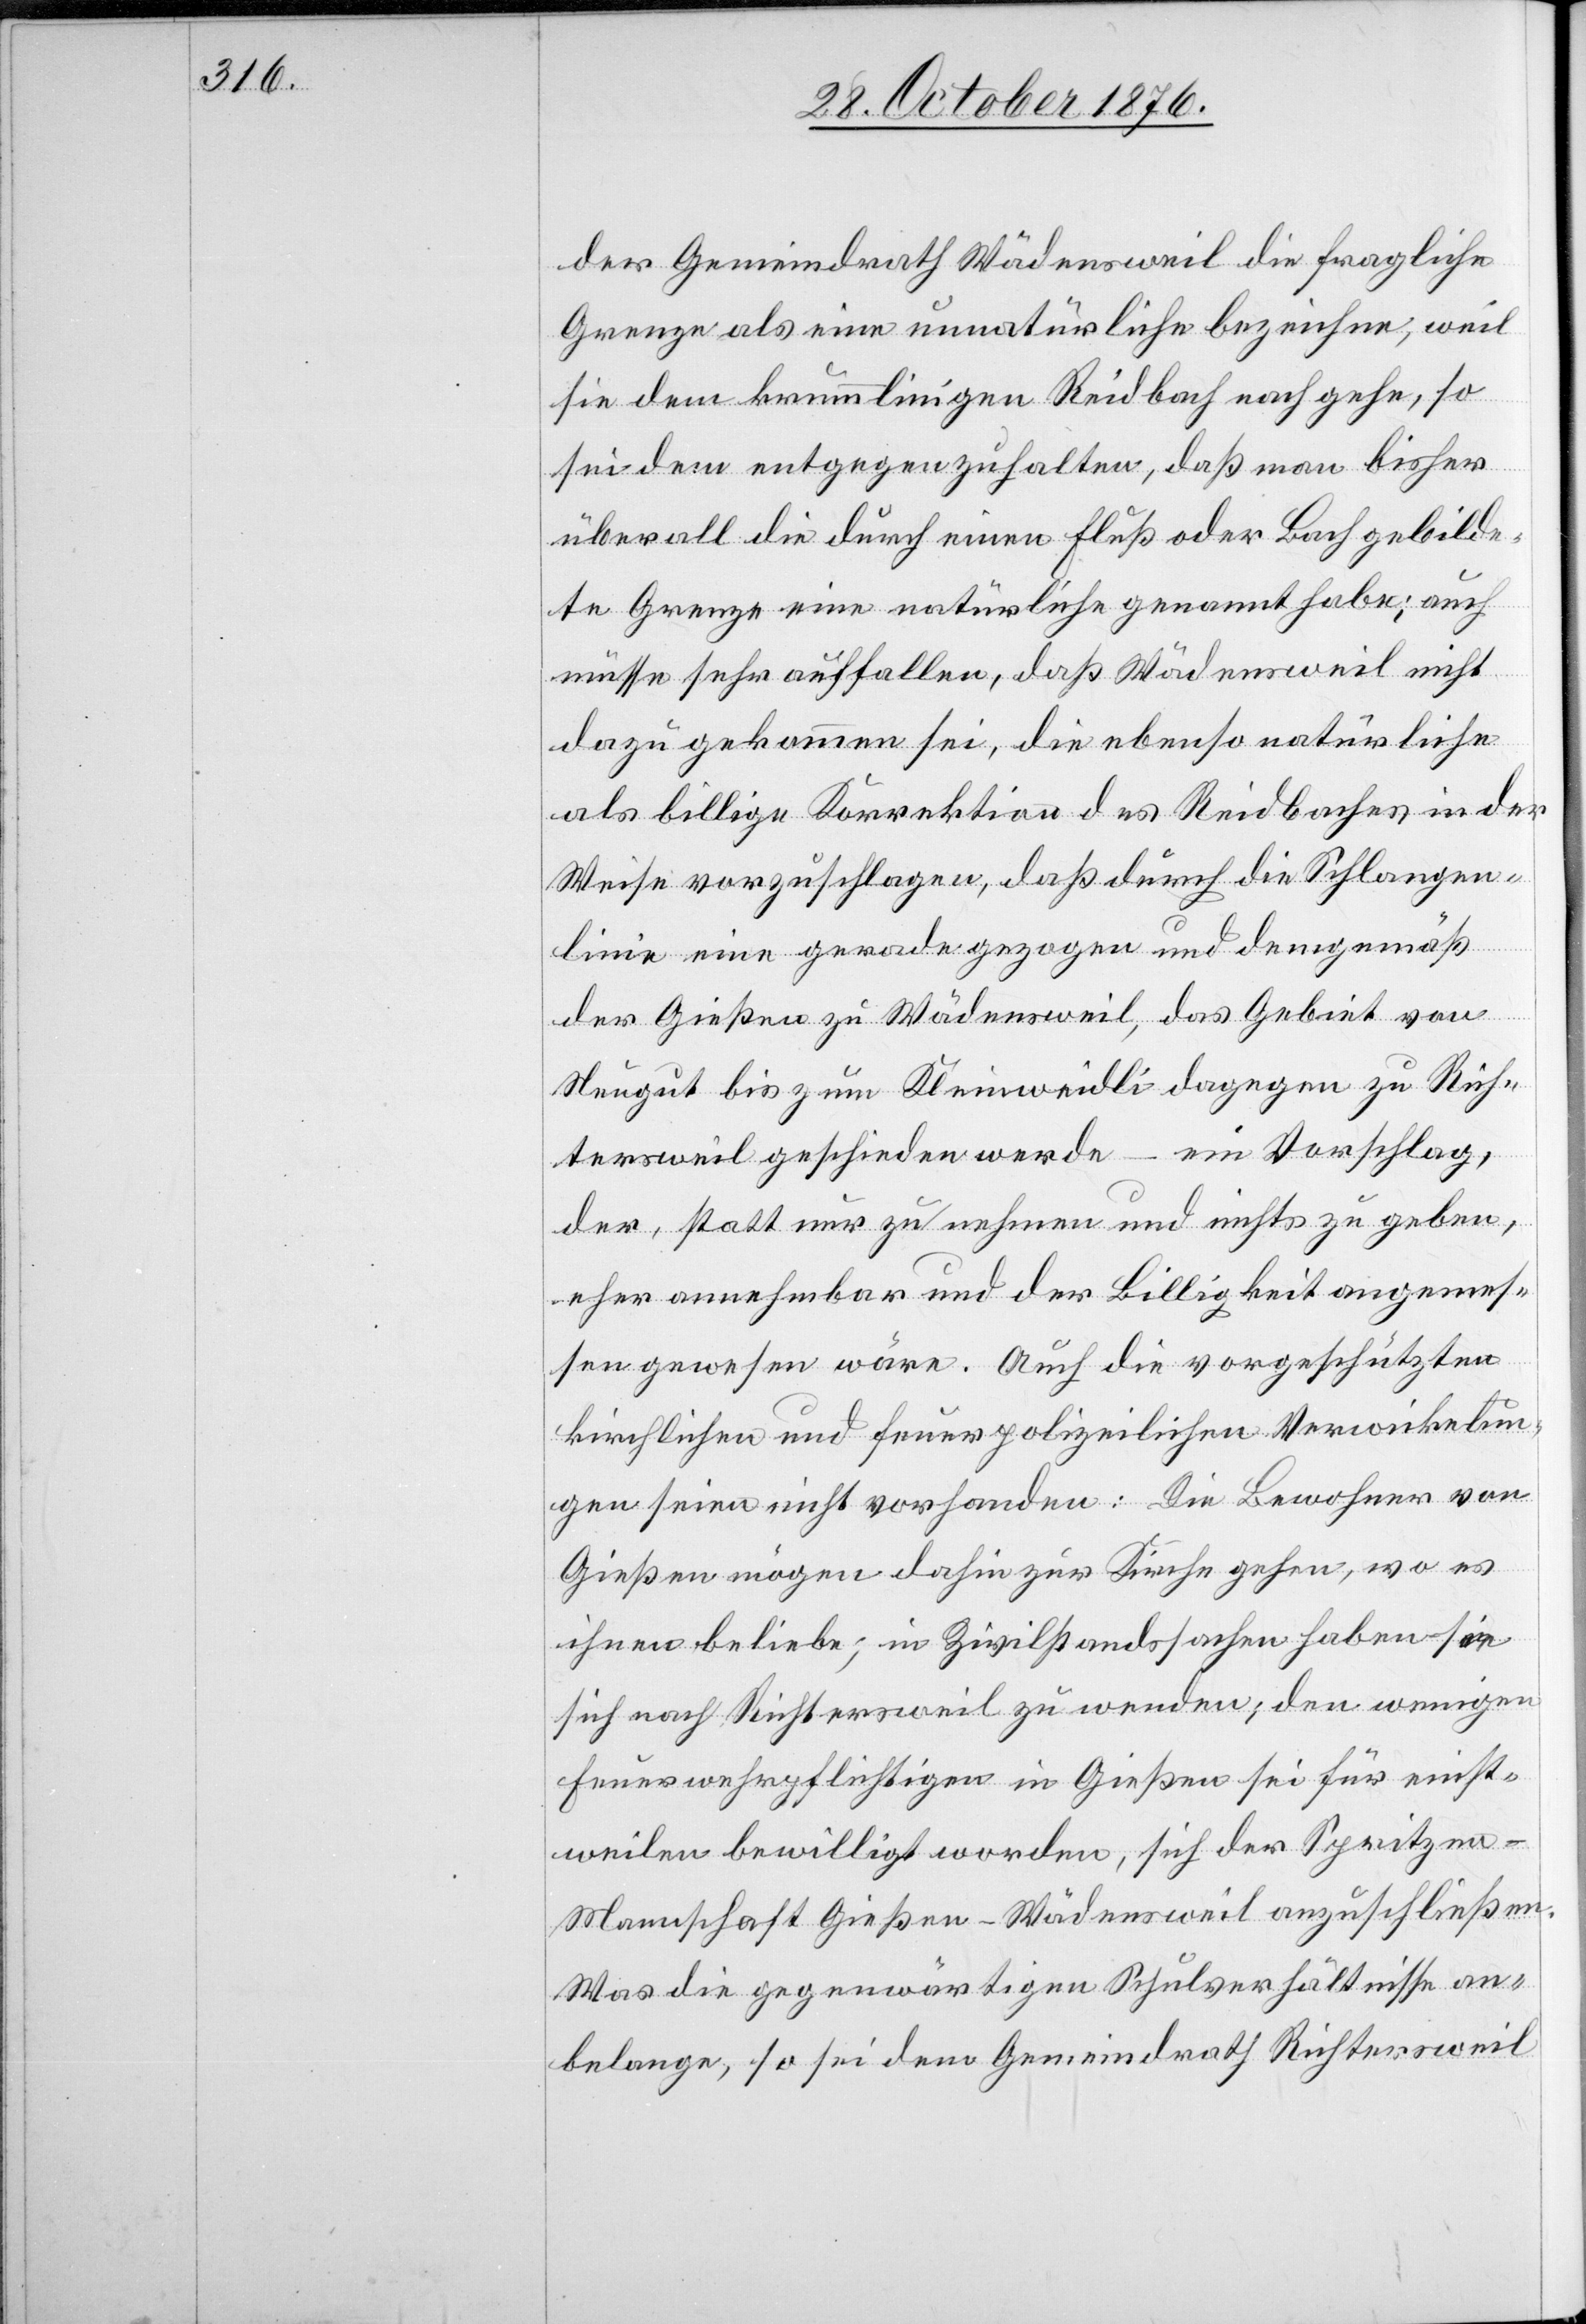
der Gemeindrath Wädensweil die fragliche
Grenze als eine unnatürliche bezeichne, weil
sie dem krummlinigen Reidbach nach gehe, so
sei dem entgegenzuhalten, daß man bisher
überall die durch einen Fluß oder Bach gebilde¬
te Grenze eine natürliche genannt habe; auch
müsse sehr auffallen, daß Wädensweil nicht
dazu gekommen sei, die ebenso natürliche
als billige Korrektion des Reidbaches in der
Weise vorzuschlagen, daß durch die Schlangen¬
linie eine gerade gezogen und demgemäß
der Gießen zu Wädensweil, das Gebiet von
Neugut bis zum Kleinweidli dagegen zu Rich¬
tersweil geschieden werde – ein Vorschlag,
der, statt nur zu nehmen und nichts zu geben,
eher annehmbar und der Billigkeit angemes¬
sen gewesen wäre. Auch die vorschützten
kirchlichen und feuerpolizeilichen Verwickelun¬
gen seien nicht vorhanden: Die Bewohner von
Gießen mögen dahin zur Kirche gehen, wo es
ihnen beliebe; in Zivilstandssachen haben sie
sich nach Richtersweil zu wenden; den wenigen
Feuerwehrpflichtigen in Gießen sei für einst¬
weilen bewilligt worden, sich der Spritzen-M¬
annschaft Gießen-Wädensweil anzuschließen.
Was die gegenwärtigen Schulverhältnisse an¬
belange, so sei dem Gemeindrath Richtersweil